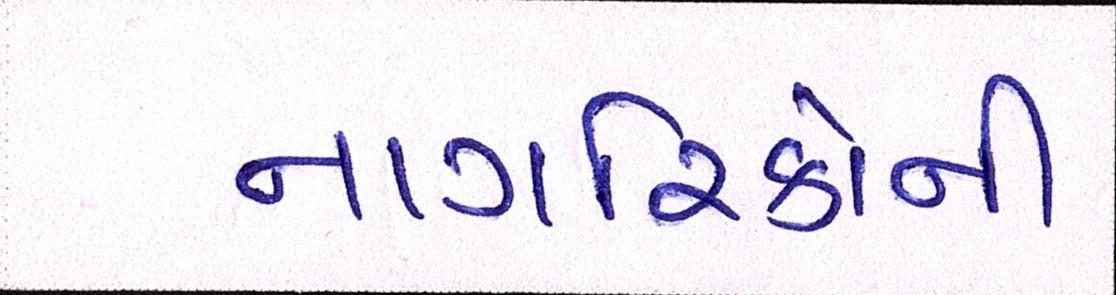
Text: નાગરિકોની